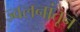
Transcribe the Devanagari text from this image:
ज्वलनांतून